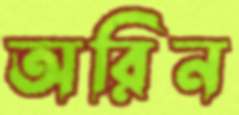
অরিন